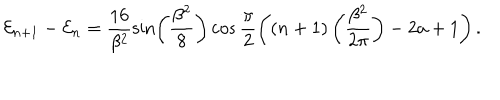
{ \cal E } _ { n + 1 } - { \cal E } _ { n } = \frac { 1 6 } { \beta ^ { 2 } } \sin \left( \frac { \beta ^ { 2 } } { 8 } \right) \cos \frac { \pi } { 2 } \left( \left( n + 1 \right) \left( \frac { \beta ^ { 2 } } { 2 \pi } \right) - 2 a + 1 \right) .